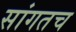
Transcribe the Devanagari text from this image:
सांगतच